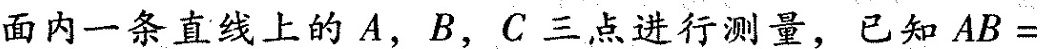
面内一条直线上的A，B，C三点进行测量，已知$$A B